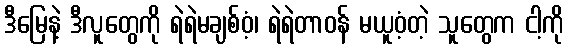
ဒီမြေနဲ့ ဒီလူတွေကို ရဲရဲမချစ်ဝံ့၊ ရဲရဲတာဝန် မယူဝံ့တဲ့ သူတွေက ငါ့ကို